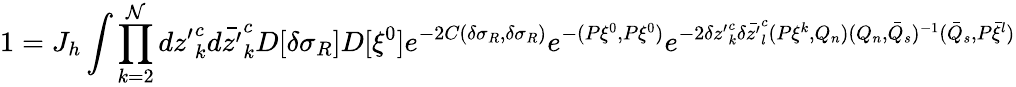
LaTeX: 1=J_{h}\int\prod_{k=2}^{\cal N}d{z^{\prime}}_{k}^{c}d\bar{z^{\prime}}_{k}^{c}D[\delta\sigma_{R}]D[\xi^{0}]e^{-2C(\delta\sigma_{R},\delta\sigma_{R})}e^{-(P\xi^{0},P\xi^{0})}e^{-2\delta{z^{\prime}}_{k}^{c}\delta\bar{z^{\prime}}_{l}^{c}(P\xi^{k},Q_{n})(Q_{n},\bar{Q}_{s})^{-1}(\bar{Q}_{s},P\bar{\xi}^{l})}